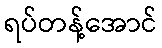
ရပ်တန့်အောင်